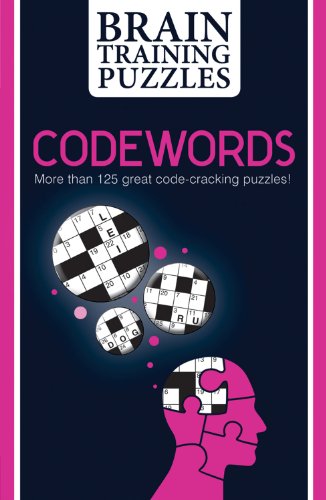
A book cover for Codewords (House of Puzzles); House of Puzzles; Humor & Entertainment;